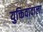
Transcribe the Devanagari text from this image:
युक्तिवादाला